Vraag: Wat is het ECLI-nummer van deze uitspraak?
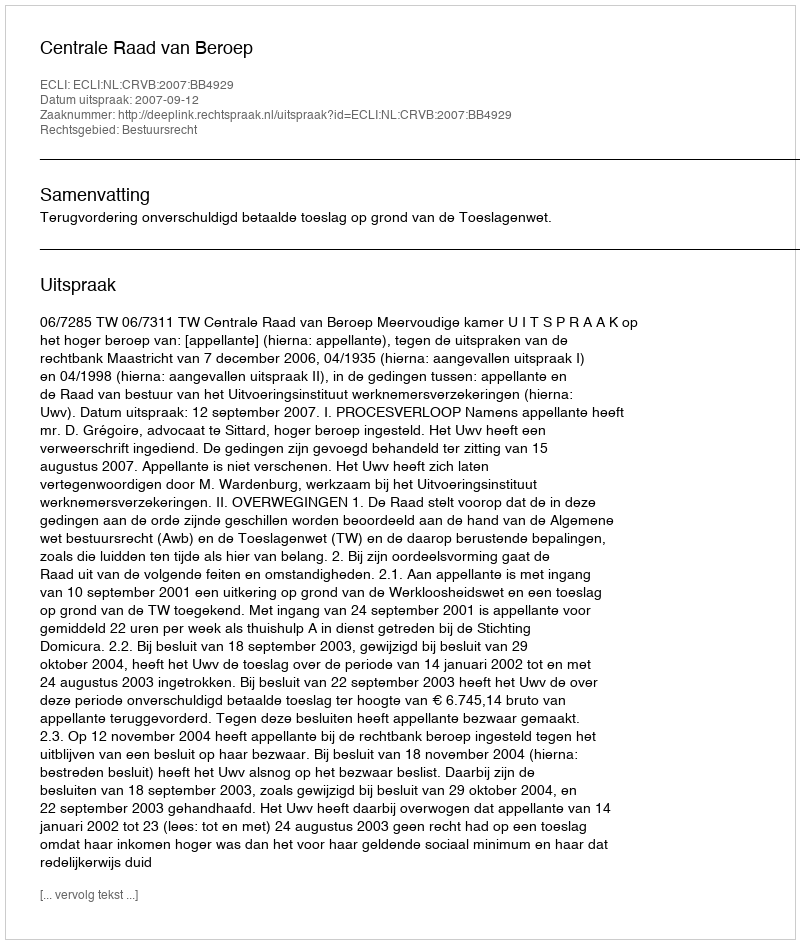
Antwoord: ECLI:NL:CRVB:2007:BB4929